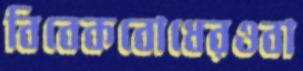
বিবেকবোধেরওবা